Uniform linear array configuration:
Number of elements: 12
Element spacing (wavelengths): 0.5
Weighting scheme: blackman
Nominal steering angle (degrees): -45
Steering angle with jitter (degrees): -45.284
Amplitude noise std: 0.05
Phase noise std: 0.05

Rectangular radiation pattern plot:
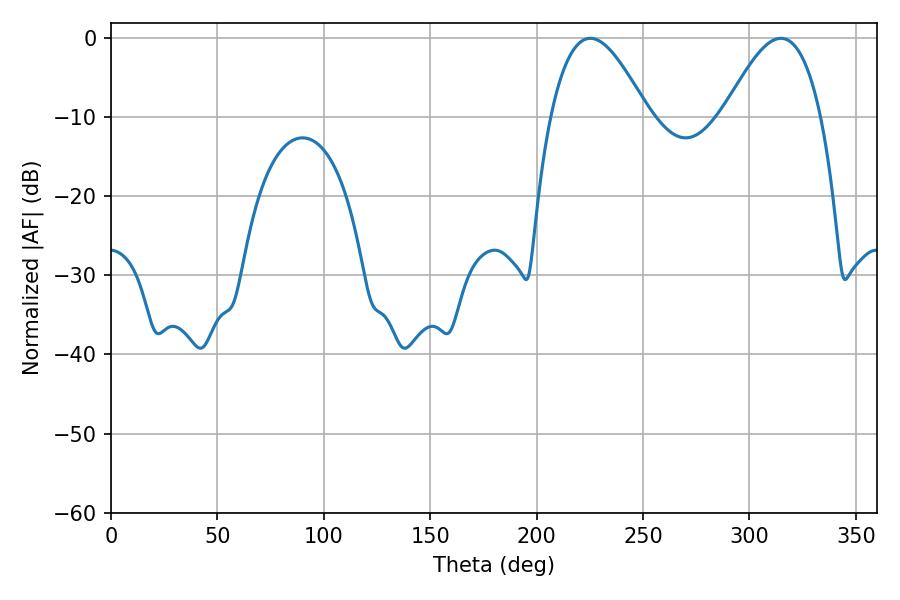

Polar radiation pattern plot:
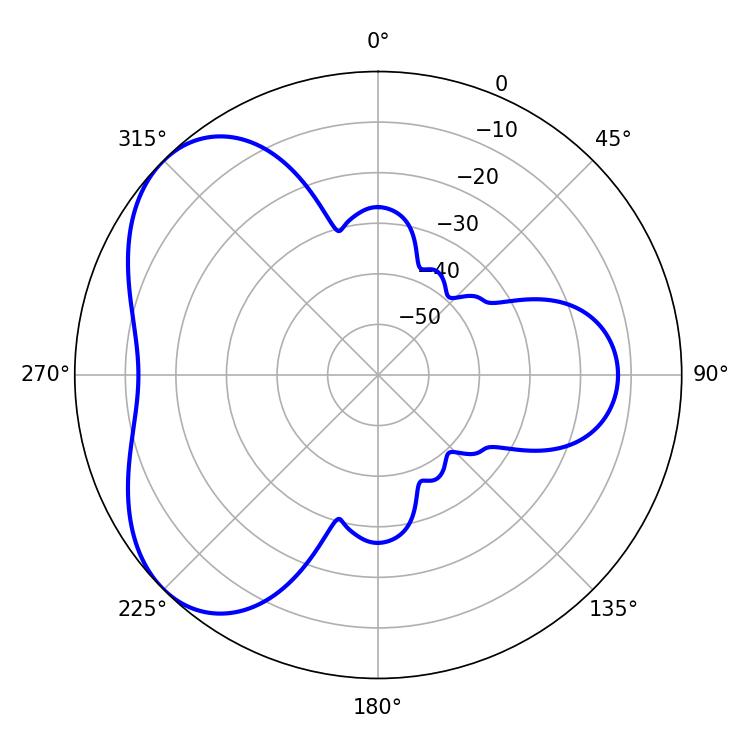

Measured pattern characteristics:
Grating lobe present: FALSE
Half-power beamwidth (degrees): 24.84
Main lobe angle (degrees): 225.18